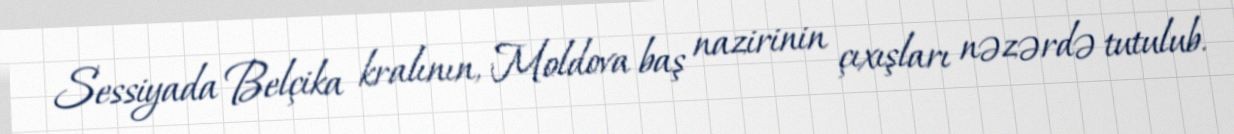
Sessiyada Belçika kralının, Moldova baş nazirinin çıxışları nəzərdə tutulub.